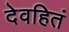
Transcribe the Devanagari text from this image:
देवहितं